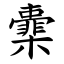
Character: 㰆